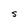
Character: S